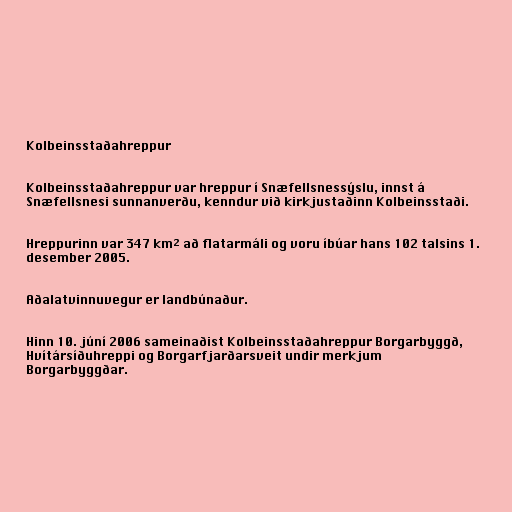
Kolbeinsstaðahreppur

Kolbeinsstaðahreppur var hreppur í Snæfellsnessýslu, innst á
Snæfellsnesi sunnanverðu, kenndur við kirkjustaðinn Kolbeinsstaði.

Hreppurinn var 347 km² að flatarmáli og voru íbúar hans 102 talsins 1.
desember 2005.

Aðalatvinnuvegur er landbúnaður.

Hinn 10. júní 2006 sameinaðist Kolbeinsstaðahreppur Borgarbyggð,
Hvítársíðuhreppi og Borgarfjarðarsveit undir merkjum
Borgarbyggðar.